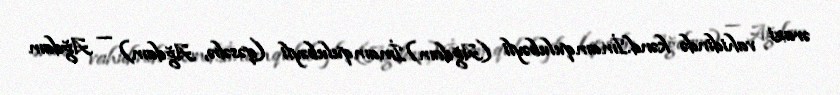
ərazi vahidində kənd.İmamqulubəyli (Ağdam)İmamqulubəyli (qəsəbə, Ağdam) — Ağdam